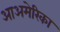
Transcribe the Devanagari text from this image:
आअमेरिका